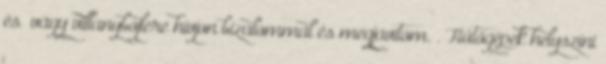
és vagy villanybojlere hívjon bizalommal és megjavítom. . Hűtőgépek helyszíni